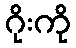
ဂိုးကို